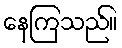
နေကြသည်။